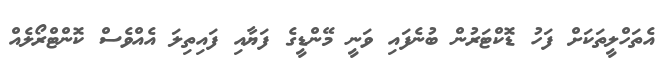
އެތަހްލީތަކަށް ފަހު ޑޮކްޓަރުން ބުނެފައި ވަނީ މޭންޑީގެ ފަޔާއި ފައިތިލަ އެއްވެސް ކޮންޓްރޯލެއް